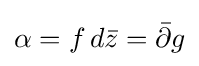
\alpha =f\,d{\bar {z}}={\bar {\partial }}g